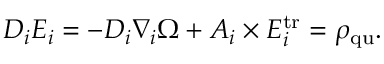
D _ { i } E _ { i } = - D _ { i } \nabla _ { i } \Omega + A _ { i } \times E _ { i } ^ { \mathrm { t r } } = \rho _ { \mathrm { q u } } .